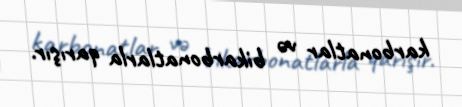
karbonatlar və bikarbonatlarla qarışır.